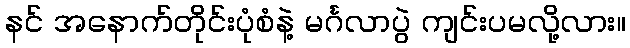
နင် အနောက်တိုင်းပုံစံနဲ့ မင်္ဂလာပွဲ ကျင်းပမလို့လား။